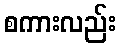
စကားလည်း